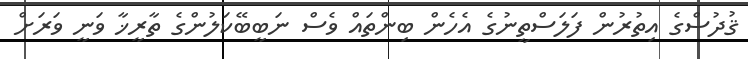
ޤުދުސްގެ އިތުރުން ފަލަސްތީނުގެ އެހެން ބިންތައް ވެސް ނަބީބޭކަލުންގެ ތާރީޚާ ވަނީ ވަރަށް